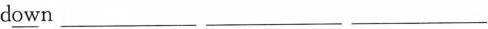
d\underline{ow}n ___ ___ ___